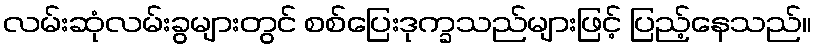
လမ်းဆုံလမ်းခွများတွင် စစ်ပြေးဒုက္ခသည်များဖြင့် ပြည့်နေသည်။